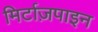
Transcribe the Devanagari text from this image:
मिर्टाज़पाइन